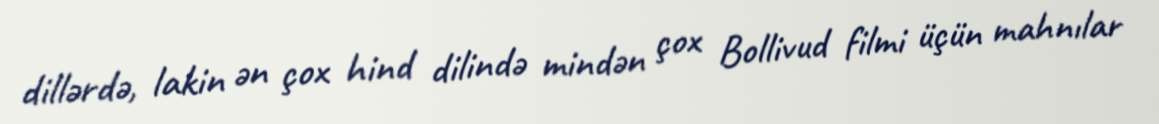
dillərdə, lakin ən çox hind dilində mindən çox Bollivud filmi üçün mahnılar